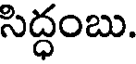
సిద్ధంబు.